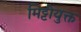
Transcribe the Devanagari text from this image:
मिट्टीयुक्त